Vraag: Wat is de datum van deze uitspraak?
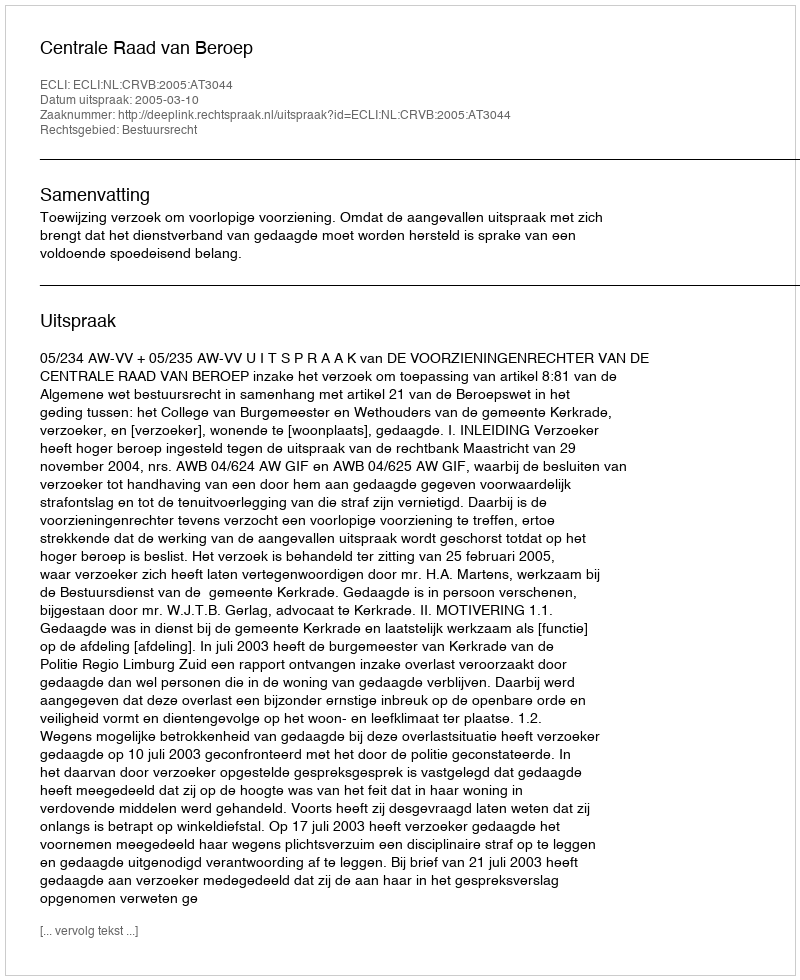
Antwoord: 2005-03-10